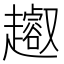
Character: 𧾝